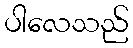
ပါလေသည်